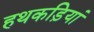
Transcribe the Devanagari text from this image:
हथकड़ियां